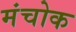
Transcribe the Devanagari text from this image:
मंचोक